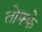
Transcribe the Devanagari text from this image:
तोफ्फे